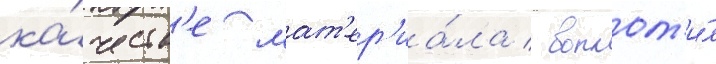
ка́честв'е мат'ер'иа́ла / воплот'и́л